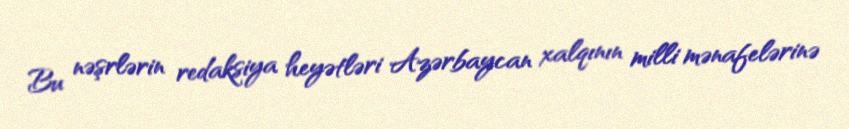
Bu nəşrlərin redaksiya heyətləri Azərbaycan xalqının milli mənafelərinə